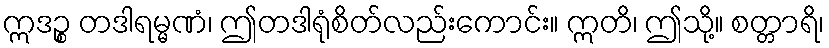
ဣဒဉ္စ တဒါရမ္မဏံ၊ ဤတဒါရုံစိတ်လည်းကောင်း။ ဣတိ၊ ဤသို့။ စတ္တာရိ၊